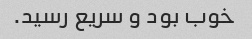
خوب بود و سریع رسید.